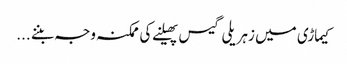
کیماڑی میں زہریلی گیس پھیلنے کی ممکنہ وجہ بننے ...